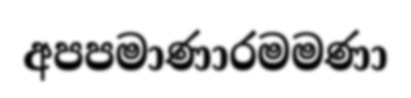
අපපමාණාරමමණා